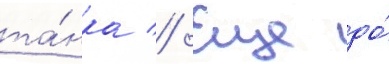
та́нка // Еще до́